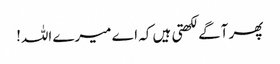
پھر آگے لکھتی ہیں کہ اے میرے اللہ!